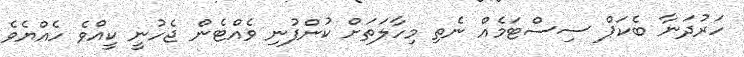
ހަރުދަނާ ބެކަޕް ސިސްޓަމެއް ނެތި މިހާލަތަށް ކުންފުނި ވެއްޓެން ޖެހުނީ ކީއްވެ ހެއްޔެވެ